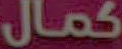
كمال